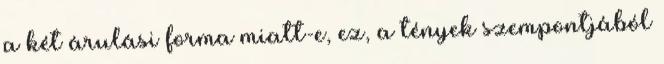
a két árulási forma miatt-e, ez, a tények szempontjából